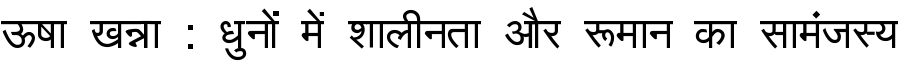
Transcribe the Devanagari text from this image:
ऊषा खन्ना : धुनों में शालीनता और रूमान का सामंजस्य